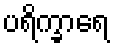
ပရိက္ခာရေ